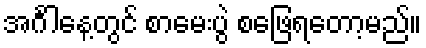
အင်္ဂါနေ့တွင် စာမေးပွဲ စဖြေရတော့မည်။